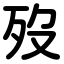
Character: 歿